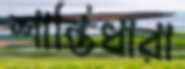
শান্তিধারা